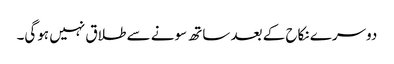
دوسرے نکاح کے بعد ساتھ سونے سے طلاق نہیں ہوگی۔